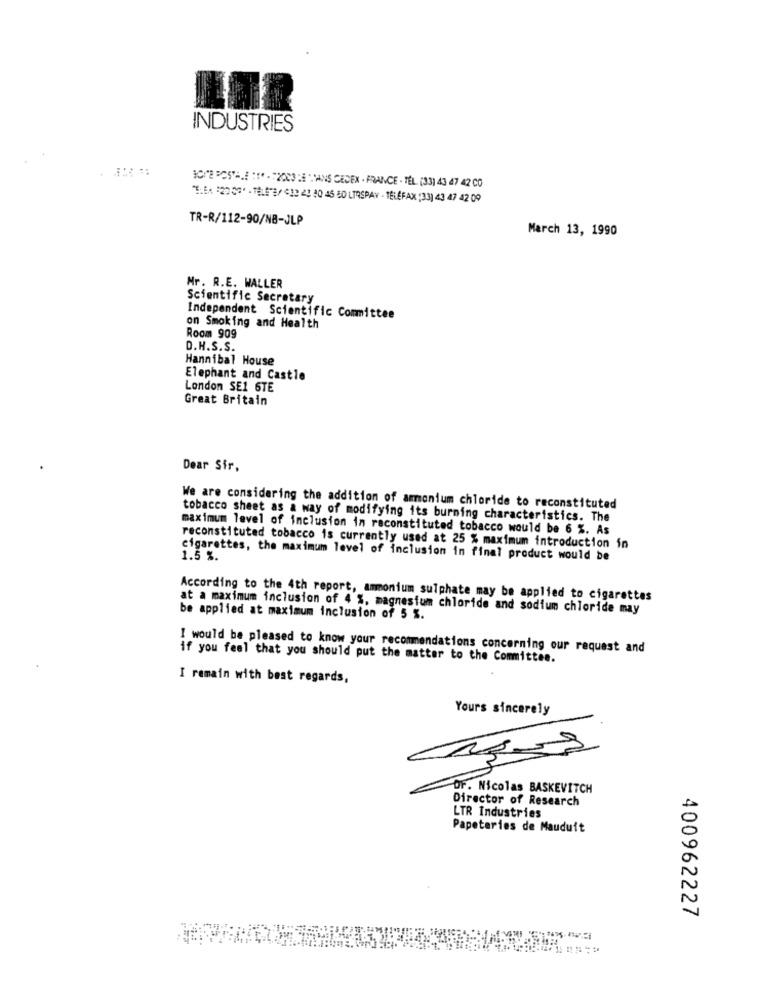
INDUSTRIES
"THEA $2009' - TELE"B/ C13 43 80 46 50 LTRSPAY - TELEFAX (33) 43 47 42 09
TR-R/112-90/NB-JLP
March 13, 1990
Mr. R.E. WALLER
Scientific Secretary
Independent Scientific Committee
on Smoking and Health
Room 909
D.H.S.S.
Hannibal House
Elephant and Castle
London SE1 6TE
Great Britain
Dear Sir,
We are considering the addition of ammonium chloride to reconstituted
tobacco sheet as a way of modifying its burning characteristics. The
maximum level of inclusion in reconstituted tobacco would be 6 %. As
reconstituted tobacco is currently used at 25 % maximum introduction in
cigarettes, the maximum level of inclusion in final product would be
1.5 %.
According to the 4th report, ammonium sulphate may be applied to cigarettes
at a maximum inclusion of 4 %, magnesium chloride and sodium chloride may
be applied at maximum inclusion of 5 %.
I would be pleased to know your recommendations concerning our request and
if you feel that you should put the matter to the Committee.
I remain with best regards,
Yours sincerely
OF. Nicolas BASKEVITCH
Director of Research
LTR Industries
Papeteries de Mauduit
400962227